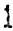
1